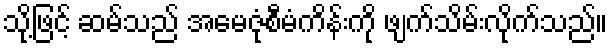
သို့ဖြင့် ဆမ်သည် အမေဇုံစီမံကိန်းကို ဖျက်သိမ်းလိုက်သည်။